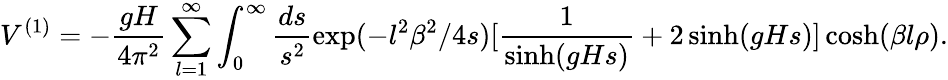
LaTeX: V^{(1)}=-\frac{gH}{4\pi^{2}}\sum_{l=1}^{\infty}\int_{0}^{\infty}\frac{ds}{s^{2}}\exp(-l^{2}\beta^{2}/4s)[\frac{1}{\sinh(gHs)}+2\sinh(gHs)]\cosh(\beta l\rho).